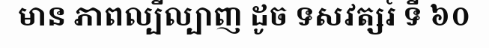
មាន ភាពល្បីល្បាញ ដូច ទសវត្សរ៍ ទី ៦០